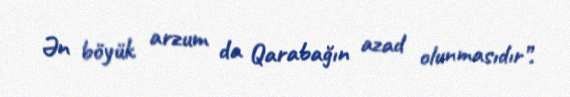
Ən böyük arzum da Qarabağın azad olunmasıdır”.